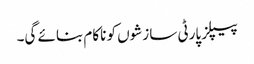
پیپلز پارٹی سازشوں کو ناکام بنائے گی۔